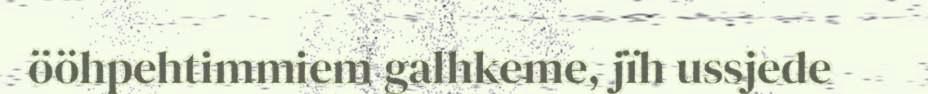
ööhpehtimmiem galhkeme, jïh ussjede